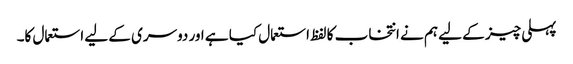
پہلی چیز کے لیے ہم نے انتخاب کا لفظ استعمال کیا ہے اور دوسری کے لیے استعمال کا۔